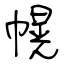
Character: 幌